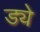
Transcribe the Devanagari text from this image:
ड्ये